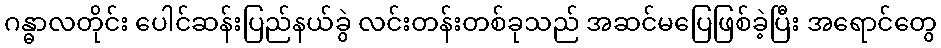
ဂန္ဓာလတိုင်း ပေါင်ဆန်းပြည်နယ်ခွဲ လင်းတန်းတစ်ခုသည် အဆင်မပြေဖြစ်ခဲ့ပြီး အရောင်တွေ